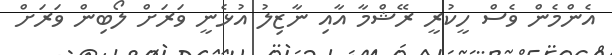
އެންމެން ވެސް ހީކުރީ ރޭޝްމާ އާއި ނާޒިލު އުޅެނީ ވަރަށް ލޯބިން ވަރަށް